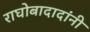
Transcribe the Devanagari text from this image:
राघोबादादांनी